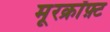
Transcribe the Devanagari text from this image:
मूरक्रॉफ़्ट